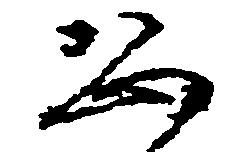
恐